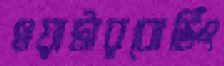
ওয়াটারবোর্ডিং